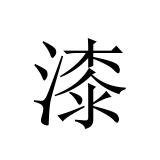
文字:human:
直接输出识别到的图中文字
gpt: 漆